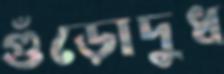
গুঁড়োদুধ